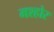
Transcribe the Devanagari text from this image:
मश्होर